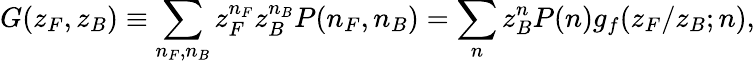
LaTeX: G(z_{F},z_{B})\equiv\sum_{n_{F},n_{B}}z_{F}^{n_{F}}z_{B}^{n_{B}}P(n_{F},n_{B})=\sum_{n}z_{B}^{n}P(n)g_{f}(z_{F}/z_{B};n),